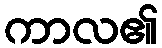
ကာလ၏